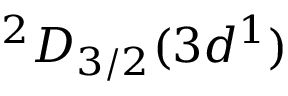
{ ^ 2 D } _ { 3 / 2 } ( 3 d ^ { 1 } )